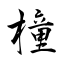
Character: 橦